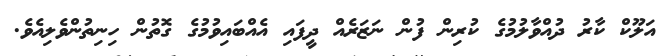
އަލޫކް ކާރު ދުއްވާލުމުގެ ކުރިން ފުން ނަޒަރެއް ދީފައި އެއްބައިވުމުގެ ގޮތުން ހިނިތުންވެލިއެވެ.